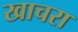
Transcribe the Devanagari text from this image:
खाचरा